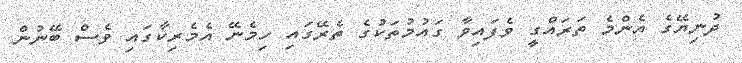
ދުނިޔޭގެ އެންމެ ތަރައްގީ ވެފައިވާ ގައުމުތަކުގެ ތެރޭގައި ހިމެނޭ އެމެރިކާގައި ވެސް ބޭނުން